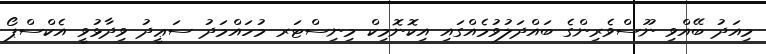
މިއަދު ބޭއްވި ނޫސްވެރިންގެ ބައްދަލުވުމެއްގައި އިކޮނޮމިކް މިނިސްޓަރ މުހައްމަދު ސަޢީދު ވިދާޅުވީ އެކްސްޕޯ